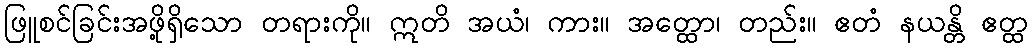
ဖြူစင်ခြင်းအဖို့ရှိသော တရားကို။ ဣတိ အယံ၊ ကား။ အတ္ထော၊ တည်း။ ဧတံ နယန္တိ ဧတ္ထ